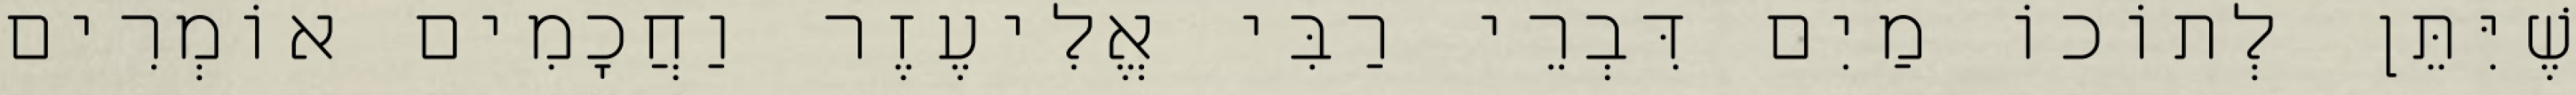
שֶׁיִּתֵּן לְתוֹכוֹ מַיִם דִּבְרֵי רַבִּי אֱלִיעֶזֶר וַחֲכָמִים אוֹמְרִים